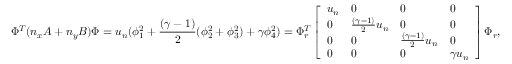
\Phi ^ { T } ( n _ { x } A + n _ { y } B ) \Phi = u _ { n } ( \phi _ { 1 } ^ { 2 } + \frac { ( \gamma - 1 ) } { 2 } ( \phi _ { 2 } ^ { 2 } + \phi _ { 3 } ^ { 2 } ) + \gamma \phi _ { 4 } ^ { 2 } ) = \Phi _ { r } ^ { T } \left[ \begin{array} { l l l l } { u _ { n } } & { 0 } & { 0 } & { 0 } \\ { 0 } & { \frac { ( \gamma - 1 ) } { 2 } u _ { n } } & { 0 } & { 0 } \\ { 0 } & { 0 } & { \frac { ( \gamma - 1 ) } { 2 } u _ { n } } & { 0 } \\ { 0 } & { 0 } & { 0 } & { \gamma u _ { n } } \end{array} \right] \Phi _ { r } ,